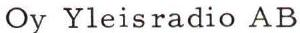
Oy Yleisradio AB